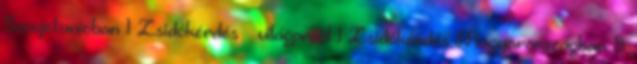
Szovjetunióban 1 Zsidókérdés – világprobl 1 Zsidókérdés Magyarországban 8